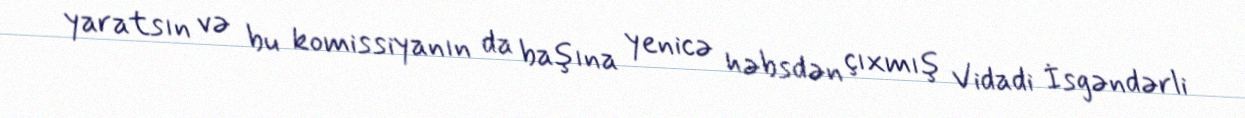
yaratsın və bu komissiyanın da başına yenicə həbsdən çıxmış Vidadi İsgəndərli